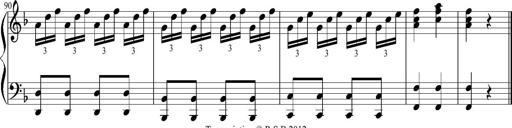
Title: 12 Sonatinas for Piano
Composer: Johann Baptist Vanhal